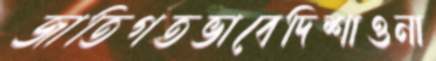
জাতিগতভাবেদিশাওনা